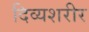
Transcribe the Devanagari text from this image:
दिव्यशरीर